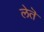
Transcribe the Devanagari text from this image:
लेतॆ